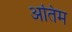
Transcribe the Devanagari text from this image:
अतिंम